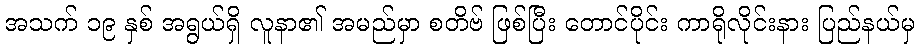
အသက် ၁၉ နှစ် အရွယ်ရှိ လူနာ၏ အမည်မှာ စတိဗ် ဖြစ်ပြီး တောင်ပိုင်း ကာရိုလိုင်းနား ပြည်နယ်မှ